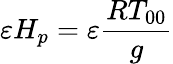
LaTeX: {\varepsilon}H_{p}={\varepsilon}\frac{RT_{00}}{g}